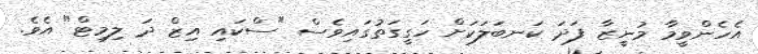
އެހެންވީމާ މުނީޒާ ފަދަ ކަނބަލަކަށް ހަގީގަތުގައިވެސް "ސްކައި އިޒް ދަ ލިމިޓް" އެވެ.